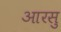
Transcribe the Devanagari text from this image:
आरसु